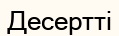
Десертті